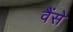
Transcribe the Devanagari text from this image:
वैंसे